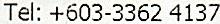
TEL: +603-3362 4137